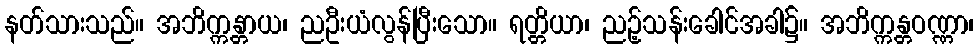
နတ်သားသည်။ အဘိက္ကန္တာယ၊ ညဦးယံလွန်ပြီးသော။ ရတ္တိယာ၊ ညဉ့်သန်းခေါင်အခါ၌။ အဘိက္ကန္တဝဏ္ဏာ၊